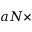
a N \times